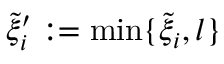
\tilde { \xi } _ { i } ^ { \prime } : = \operatorname* { m i n } \{ \tilde { \xi } _ { i } , l \}